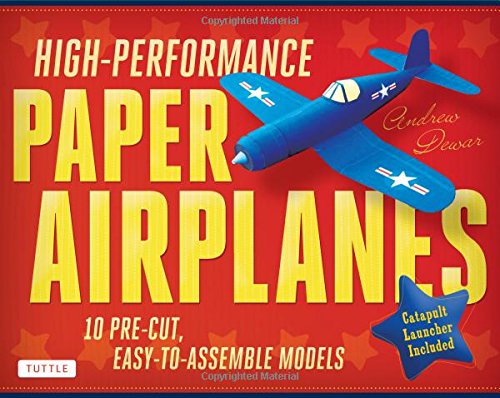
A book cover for High-Performance Paper Airplanes Kit: 10 Pre-cut, Easy-to-Assemble Models [Origami Kit with Pop-Out Cards, Book, & Catapult]; Andrew Dewar; Arts & Photography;